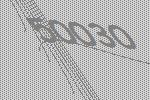
50030